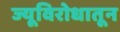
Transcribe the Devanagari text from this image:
ज्यूविरोधातून